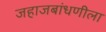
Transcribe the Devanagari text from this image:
जहाजबांधणीला